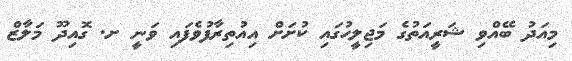
މިއަދު ބޭއްވި ޝަރީއަތުގެ މަޖިލީހުގައި ކުށަށް އިއުތިރާފުވެފައި ވަނީ ށ. ގޮއިދޫ މަލާޒް